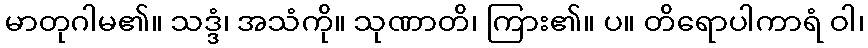
မာတုဂါမ၏။ သဒ္ဒံ၊ အသံကို။ သုဏာတိ၊ ကြား၏။ ပ။ တိရောပါကာရံ ဝါ၊